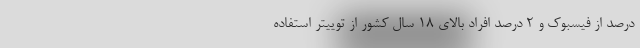
درصد از فیسبوک و ۲ درصد افراد بالای ۱۸ سال کشور از توییتر استفاده